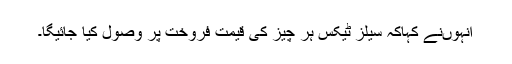
انہوںنے کہاکہ سیلز ٹیکس ہر چیز کی قیمت فروخت پر وصول کیا جائیگا۔